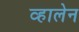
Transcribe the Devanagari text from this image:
व्हालेन